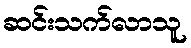
ဆင်းသက်လာသူ